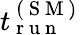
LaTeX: t_{\mathrm{~r~u~n~}}^{\mathrm{~(~S~M~)~}}